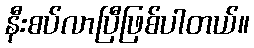
နီးစပ်လာပြီဖြစ်ပါတယ်။